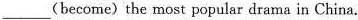
___ (become) the most popular drama in China.